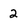
Character: 2